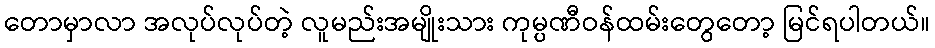
တောမှာလာ အလုပ်လုပ်တဲ့ လူမည်းအမျိုးသား ကုမ္ပဏီဝန်ထမ်းတွေတော့ မြင်ရပါတယ်။